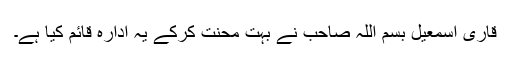
قاری اسمعیل بسم اللہ صاحب نے بہت محنت کرکے یہ ادارہ قائم کیا ہے۔